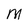
Character: M